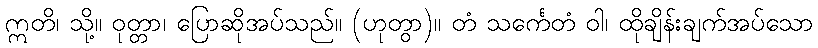
ဣတိ၊ သို့။ ဝုတ္တာ၊ ပြောဆိုအပ်သည်။ (ဟုတွာ)။ တံ သင်္ကေတံ ဝါ၊ ထိုချိန်းချက်အပ်သော